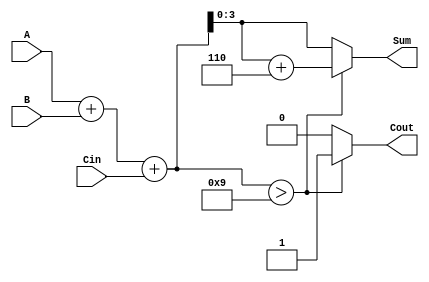
module BCD_Hybrid_Adder (
    input [3:0] A,      // First BCD digit
    input [3:0] B,      // Second BCD digit
    input Cin,          // Carry input
    output reg [3:0] Sum, // BCD sum output
    output reg Cout      // Carry output
);

    wire [4:0] binary_sum; // 5-bit to hold the sum (including carry)
    
    // Step 1: Perform binary addition
    assign binary_sum = A + B + Cin;
    
    // Step 2: Correction Logic
    always @(*) begin
        if (binary_sum > 9) begin
            Sum = binary_sum + 6; // Add 6 to correct
            Cout = 1;              // Set carry out
        end else begin
            Sum = binary_sum[3:0]; // Take lower 4 bits as sum
            Cout = 0;              // No carry out
        end
    end

endmodule